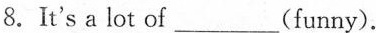
8.It's a lot of___(funny).